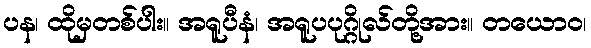
ပန၊ ထိုမှတစ်ပါး။ အရူပီနံ၊ အရူပပုဂ္ဂိုလ်တို့အား။ တယောဝ၊